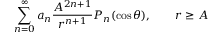
\sum _ { n = 0 } ^ { \infty } a _ { n } { \frac { A ^ { 2 n + 1 } } { r ^ { n + 1 } } } P _ { n } ( \cos \theta ) , \qquad r \geq A